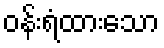
ဝန်းရံထားသော